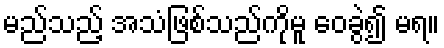
မည်သည့် အသံဖြစ်သည်ကိုမူ ဝေခွဲ၍ မရ။